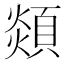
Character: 顃